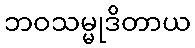
ဘဝသမ္မုဒိတာယ